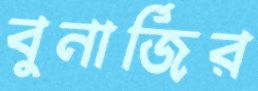
বুনার্জির